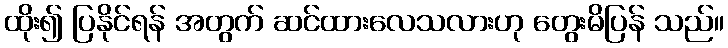
ထိုး၍ ပြနိုင်ရန် အတွက် ဆင်ထားလေသလားဟု တွေးမိပြန် သည်။